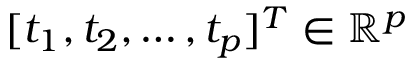
[ t _ { 1 } , t _ { 2 } , \ldots , t _ { p } ] ^ { T } \in \mathbb { R } ^ { p }